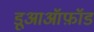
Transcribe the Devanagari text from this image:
डूआऑफ़ॉड